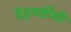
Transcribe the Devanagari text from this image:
देहयष्टीची